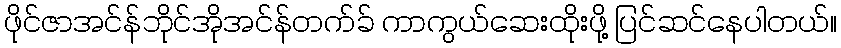
ဖိုင်ဇာအင်န်ဘိုင်အိုအင်န်တက်ခ် ကာကွယ်ဆေးထိုးဖို့ ပြင်ဆင်နေပါတယ်။